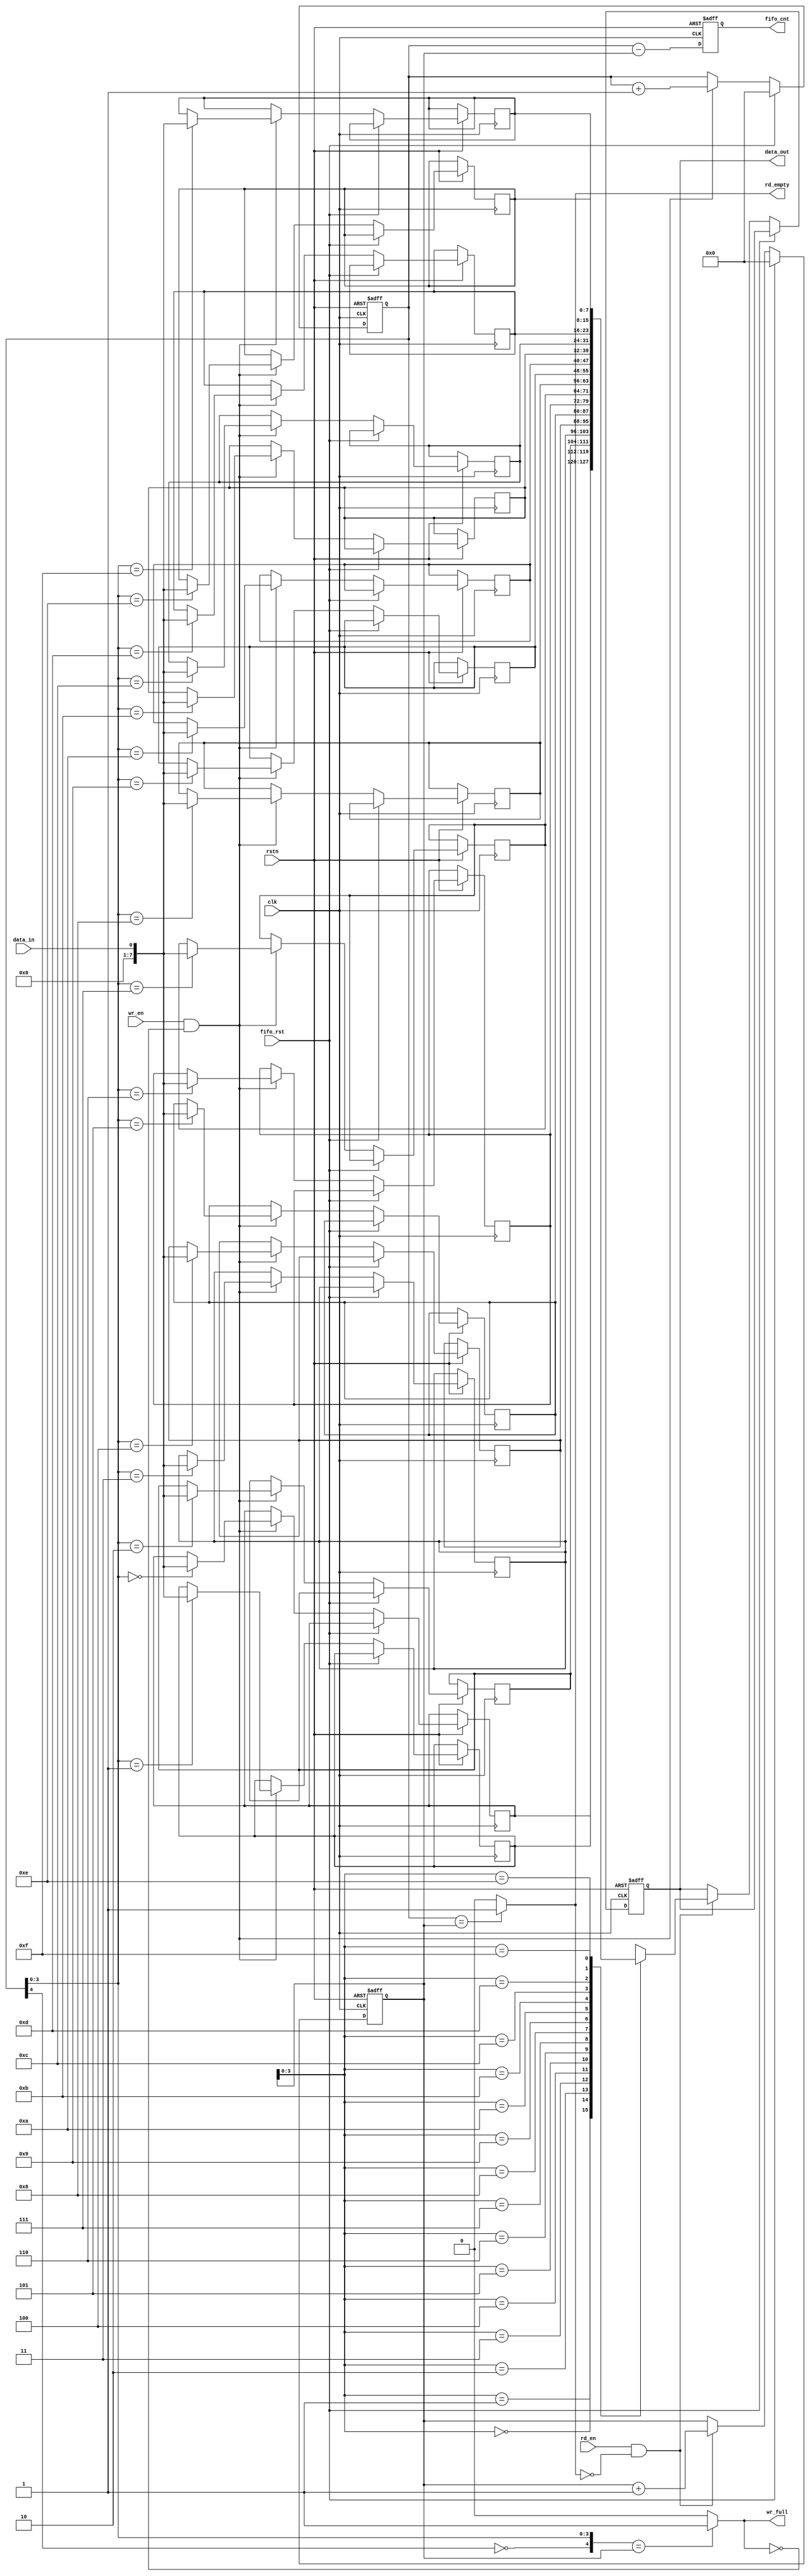
`timescale 1ns/1ps
module    UART_FIFO_own(
    //inputs
    input clk,                 // ARM
    input rstn,                // ARM
    input fifo_rst,            // rx_fifo
    input rd_en,               // FIFO read enable signal
    input wr_en,                // FIFO write enable signal
    input data_in,              // in data line
    //outputs
    output reg [7:0] data_out,  // FIFO out data
    output wr_full,              // write full signal
    output rd_empty,             // read empty signal
    output reg [4:0] fifo_cnt    // FIFO statu register
);

wire             full;
wire             empty;   
reg  [4:0]      wptr;                // write pointer
reg  [4:0]      rptr;                // read pointer
reg  [7:0]      ram[15:0];           // ram in FIFO,816ram

assign wr_full=full;
assign rd_empty=empty;

//read data from ram, rd_en!emptyFIFOreadrptr+1
always@(posedge clk or negedge rstn) begin
    if(!rstn) begin
        data_out <= 8'd0;
        rptr   <= 5'd0;
    end
    else begin
        if(fifo_rst) begin
            rptr <= 5'd0;
        end
        else begin
            if(rd_en && !empty) begin
                data_out <= ram[rptr[3:0]];
                rptr   <= rptr + 1'b1;
            end
        end
    end
end

// write data in ramwr_en!full,FIFOwritewptr+1
always@(posedge clk or negedge rstn) begin
    if(!rstn) begin
        wptr <= 5'd0;
    end
    else begin
        if(fifo_rst) begin
            wptr <= 5'd0;
        end
        else begin
            if(wr_en && !full) begin
                ram[wptr[3:0]] <= data_in;
                wptr            <= wptr + 1'b1; 
            end
        end
    end
end

// the number of data in the FIFO
always@(posedge clk or negedge rstn) begin
    if(!rstn) begin
        fifo_cnt <= 5'd0;
    end
    else begin
        fifo_cnt <= wptr - rptr;
    end
end

// produce full and empty signal
assign    full  = ({!wptr[4],wptr[3:0]}==rptr)? 1'b1 : 1'b0;
assign    empty = (wptr==rptr)? 1'b1:1'b0;

endmodule